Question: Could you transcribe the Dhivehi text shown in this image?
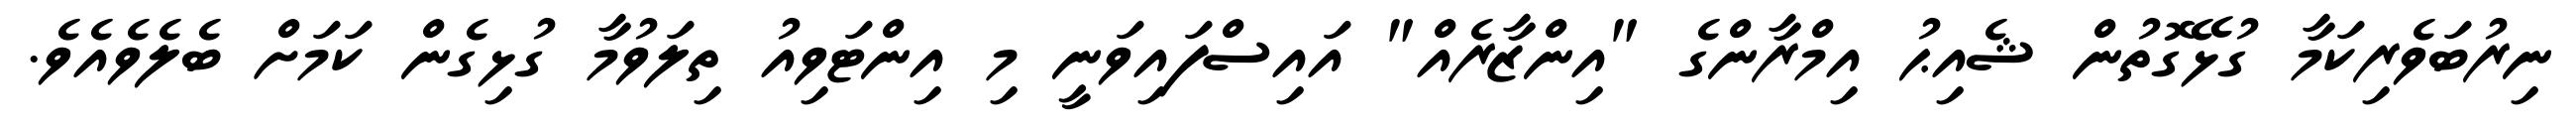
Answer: ނިރުބަވެރިކަމާ ގުޅޭގޮތުން ޝެއިޙު އިމްރާންގެ "އިންޒާރެއް" އައިސްފައިވަނީ މި އިންޓަވިއު ތިލަވުމާ ގުޅިގެން ކަމަށް ބެލެވެއެވެ.